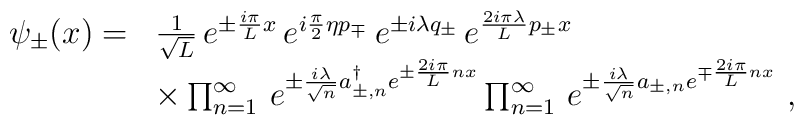
\begin{array}{r l}\psi_\pm(x)=&\frac{1}{\sqrt{L}}\,e^{\pm\frac{i\pi}{L}x}\,e^{i\frac{\pi}{2}\eta p_\mp}\,e^{\pm i\lambda q_\pm}\,e^{\frac{2i\pi\lambda}{L}p_\pm x}\\&\times \prod_{n=1}^\infty\,e^{\pm\frac{i\lambda}{\sqrt{n}}a^\dagger_{\pm,n}e^{\pm\frac{2i\pi}{L}nx}}\prod_{n=1}^\infty\,e^{\pm\frac{i\lambda}{\sqrt{n}}a_{\pm,n}e^{\mp\frac{2i\pi}{L}nx}}\ ,\end{array}